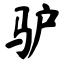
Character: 驴